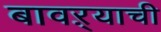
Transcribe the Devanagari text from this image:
बावऱ्याची